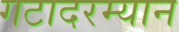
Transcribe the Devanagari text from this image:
गटादरम्यान